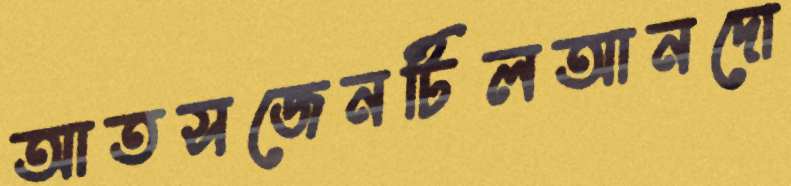
আতসজেনটিলআনদো